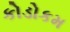
કોડોકમ